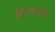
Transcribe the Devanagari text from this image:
किरातांचा